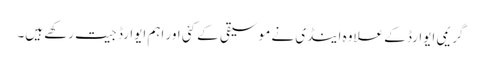
گریمی ایوارڈ کے علاوہ اینڈی نے موسیقی کے کئی اور اہم ایوارڈ جیت رکھے ہیں۔